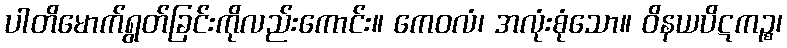
ပါတိမောက်ရွတ်ခြင်းကိုလည်းကောင်း။ ကေဝလံ၊ အလုံးစုံသော။ ဝိနယပိဋကဉ္စ၊